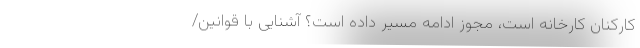
کارکنان کارخانه است، مجوز ادامه مسیر داده است؟ آشنایی با قوانین/